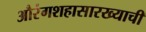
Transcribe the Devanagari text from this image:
औरंगशहासारख्याची